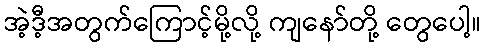
အဲ့ဒီ့အတွက်ကြောင့်မို့လို့ ကျနော်တို့ တွေပေါ့။